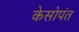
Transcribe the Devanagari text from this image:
केसोपंत